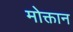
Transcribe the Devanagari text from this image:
मोक्तान